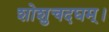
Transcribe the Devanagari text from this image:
शोशुचदघम्।